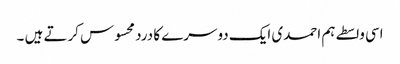
اسی واسطے ہم احمدی ایک دوسرے کا درد محسوس کرتے ہیں ۔